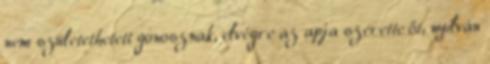
nem születethetett gonosznak, elvégre az apja szerette őt, nyilván